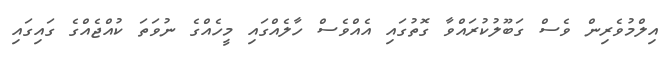
އިލްމުވެރިން ވެސް ގަބޫލުކުރައްވާ ގޮތުގައި އެއްވެސް ހާލެއްގައި މީހެއްގެ ނުވަތަ ކުއްޖެއްގެ ގައިގައި